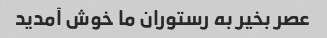
عصر بخیر به رستوران ما خوش آمدید